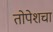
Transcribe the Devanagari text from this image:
तोपेशचा